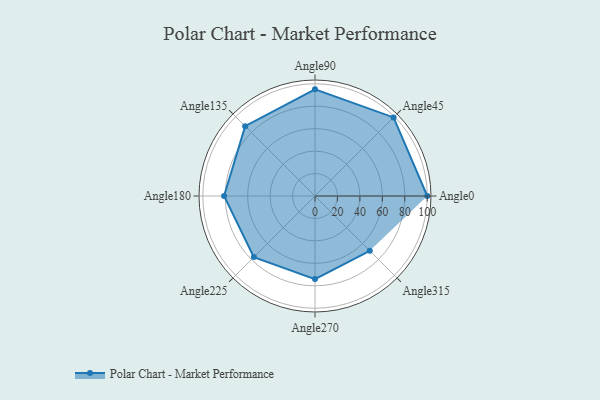
{"axis": {"x": "Angle", "y": "Radius"}, "legend": [""], "data": [{"x": "Angle0", "y": 100.0, "type": ""}, {"x": "Angle45", "y": 99.0, "type": ""}, {"x": "Angle90", "y": 95.0, "type": ""}, {"x": "Angle135", "y": 88.0, "type": ""}, {"x": "Angle180", "y": 81.0, "type": ""}, {"x": "Angle225", "y": 77.0, "type": ""}, {"x": "Angle270", "y": 74.0, "type": ""}, {"x": "Angle315", "y": 69.0, "type": ""}]}